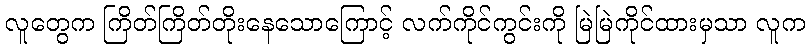
လူတွေက ကြိတ်ကြိတ်တိုးနေသောကြောင့် လက်ကိုင်ကွင်းကို မြဲမြဲကိုင်ထားမှသာ လူက